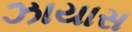
ઝાયાસ